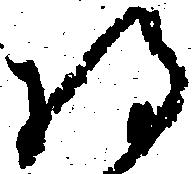
将